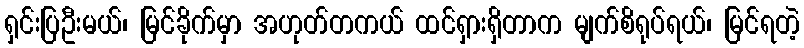
ရှင်းပြဦးမယ်၊ မြင်ခိုက်မှာ အဟုတ်တကယ် ထင်ရှားရှိတာက မျက်စိရုပ်ရယ်၊ မြင်ရတဲ့